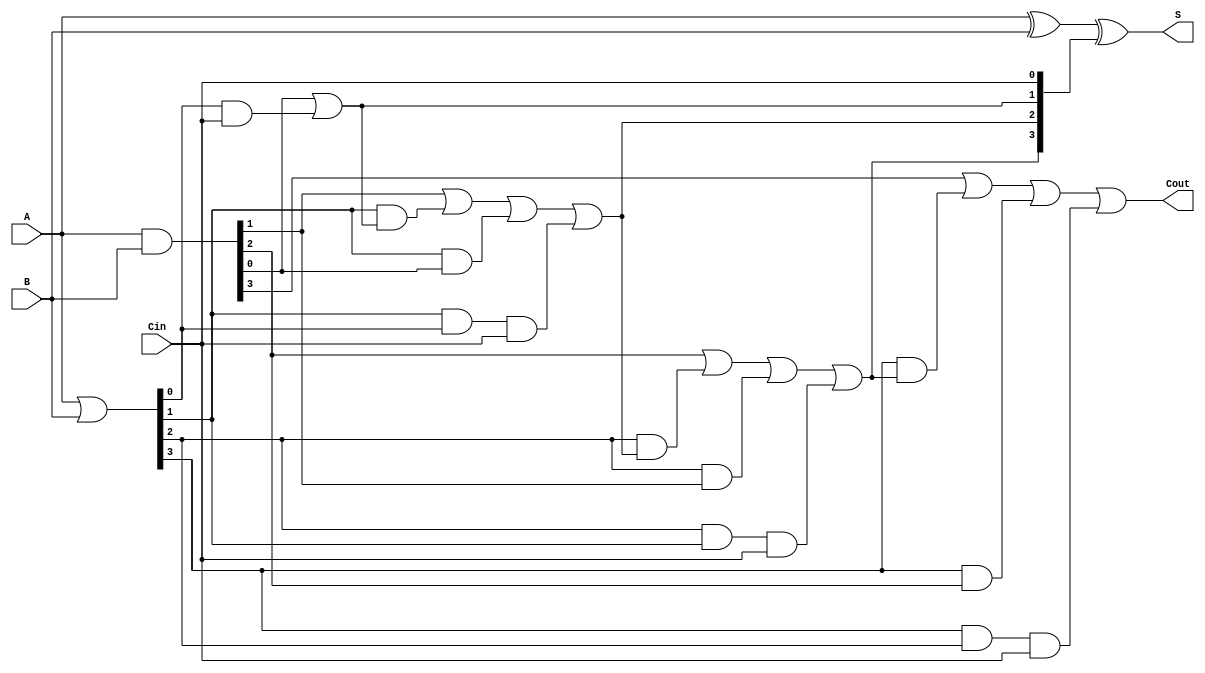
module CLA #(parameter n = 4) (
    input  [n-1:0] A,        // First n-bit input
    input  [n-1:0] B,        // Second n-bit input
    input          Cin,       // Carry-in
    output [n-1:0] S,        // n-bit sum output
    output         Cout       // Carry-out
);
    wire [n-1:0] G;          // Generate signals
    wire [n-1:0] P;          // Propagate signals
    wire [n:0] C;            // Carry signals

    // Generate and Propagate signals
    assign G = A & B;        // Generate: G[i] = A[i] AND B[i]
    assign P = A | B;        // Propagate: P[i] = A[i] OR B[i]

    // Carry calculation
    assign C[0] = Cin;       // C[0] = Cin

    genvar i;
    generate
        for (i = 0; i < n; i = i + 1) begin : carry_calc
            if (i == 0) begin
                assign C[i + 1] = G[i] | (P[i] & C[i]); // C1 = G0 OR (P0 AND C0)
            end else begin
                assign C[i + 1] = G[i] | (P[i] & C[i]) | (P[i] & G[i - 1]) | (P[i] & P[i - 1] & C[0]);
            end
        end
    endgenerate

    // Sum calculation
    assign S = A ^ B ^ C[n-1:0]; // S[i] = A[i] XOR B[i] XOR C[i]

    // Carry-out
    assign Cout = C[n]; // Cout = C[n]

endmodule